Annual report on the mental hospital in the Central Provinces and Berar (Nagpur) - 1927-1951
Year: 1927
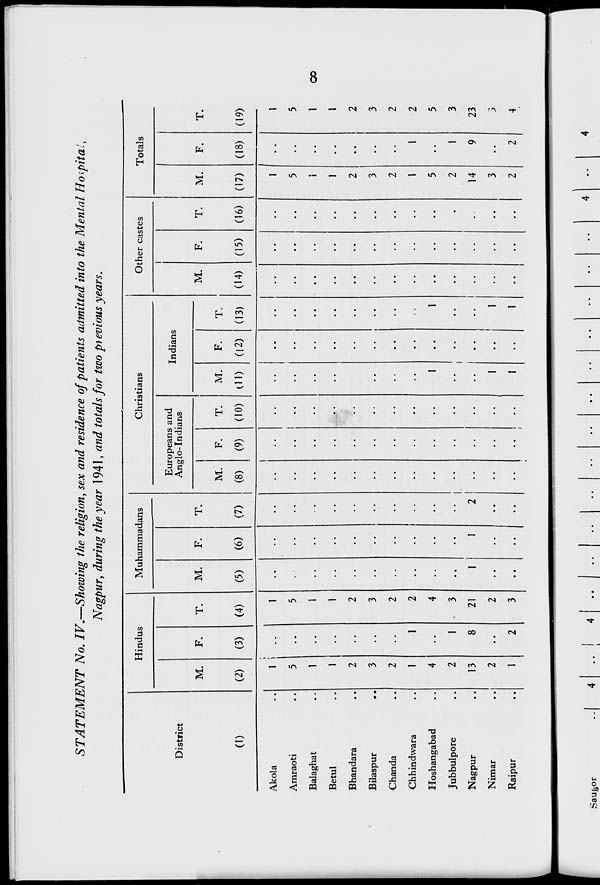
STATEMENT No. IV.—Showing the religion, sex and residence of patients admitted into the Mental Hospital,
Nagpur, during the year 1941, and totals for two previous years.
Hindus
Muhammadans
Christians
Other castes
Totals
District
M.
F.
T.
M.
F.
T.
Europeans and
Anglo-Indians
Indians
M.
F.
T.
M.
F.
T.
M.
F.
T.
M.
F.
T.
CO
(2)
(3)
(4)
(5)
(6)
(7)
(8)
(9)
(10) 00 (12) (13) (14) (15) (16) (17) (18) (19)
Akola
I j ..
1
1 1
1
Amraoti
5
5
5
5
Balaghat
1
1
i
1
Betul
1
1
1
1
Bhandara
2
2
2
2
Bilaspur
•.
3
3
• •
• •
3
3
Chan da
2
2
2
2
Chhindwara
1
1
2
1
1
2
Hoshangabad
4
4
1
1
5
5
Jubbulpore
2
1 - 3
..
"
*'
'*
• •
2
1
3
Nagpur
13
8
21
1
1
2
14
9
23
Nimar
2
2
1
1
3
3
Raipur
1
2
3
"
I
•'
1
1
2
2
4
00
"■
Saugor
I
, ,
. ,
••
••
4
••